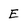
Character: E